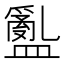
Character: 𥂽